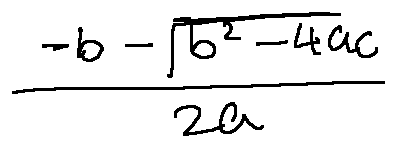
\frac { - b - \sqrt { b ^ { 2 } - 4 a c } } { 2 a }